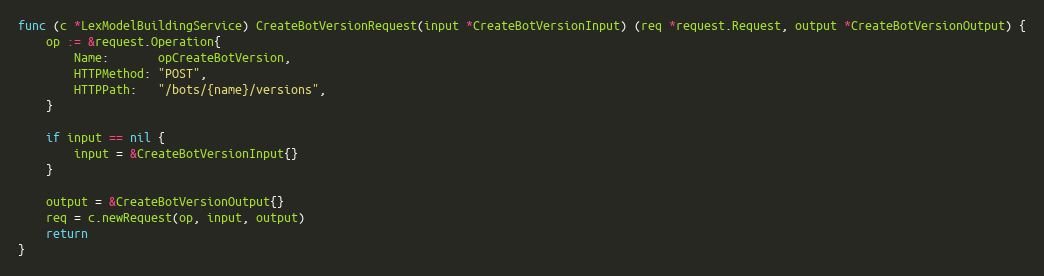
Language: Go
func (c *LexModelBuildingService) CreateBotVersionRequest(input *CreateBotVersionInput) (req *request.Request, output *CreateBotVersionOutput) {
	op := &request.Operation{
		Name:       opCreateBotVersion,
		HTTPMethod: "POST",
		HTTPPath:   "/bots/{name}/versions",
	}

	if input == nil {
		input = &CreateBotVersionInput{}
	}

	output = &CreateBotVersionOutput{}
	req = c.newRequest(op, input, output)
	return
}